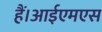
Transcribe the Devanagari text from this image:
हैं।आईएमएस